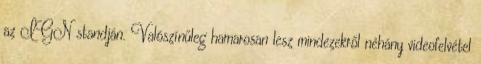
az IGN standján. Valószínűleg hamarosan lesz mindezekről néhány videofelvétel